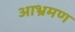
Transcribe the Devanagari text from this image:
आभ्रमण